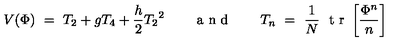
V ( \Phi ) \ = \ T _ { 2 } + g T _ { 4 } + { \frac { h } { 2 } } { T _ { 2 } } ^ { 2 } \qquad \makebox { a n d } \qquad T _ { n } \ = \ { \frac { 1 } { N } } \ \makebox { t r } \left[ { \frac { \Phi ^ { n } } { n } } \right]